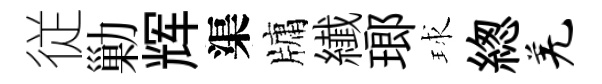
従勦辉渠牗纎瑯球緫羌